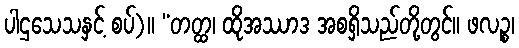
ပါဌသေသနှင့် စပ်)။ “တတ္ထ၊ ထိုအဿာဒ အစရှိသည်တို့တွင်။ ဖလဉ္စ၊